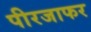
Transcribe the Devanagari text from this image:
पीरजाफर